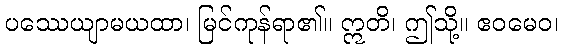
ပဿေယျာမယထာ၊ မြင်ကုန်ရာ၏။ ဣတိ၊ ဤသို့။ ဧဝမေဝ၊